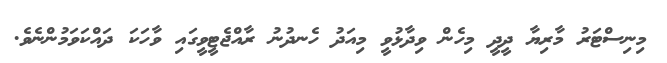
މިނިސްޓަރު މާރިޔާ ދީދީ މިހެން ވިދާޅުވީ މިއަދު ހެނދުނު ރާއްޖެޓީވީގައި ވާހަކަ ދައްކަވަމުންނެވެ.